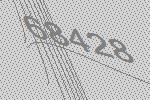
68428